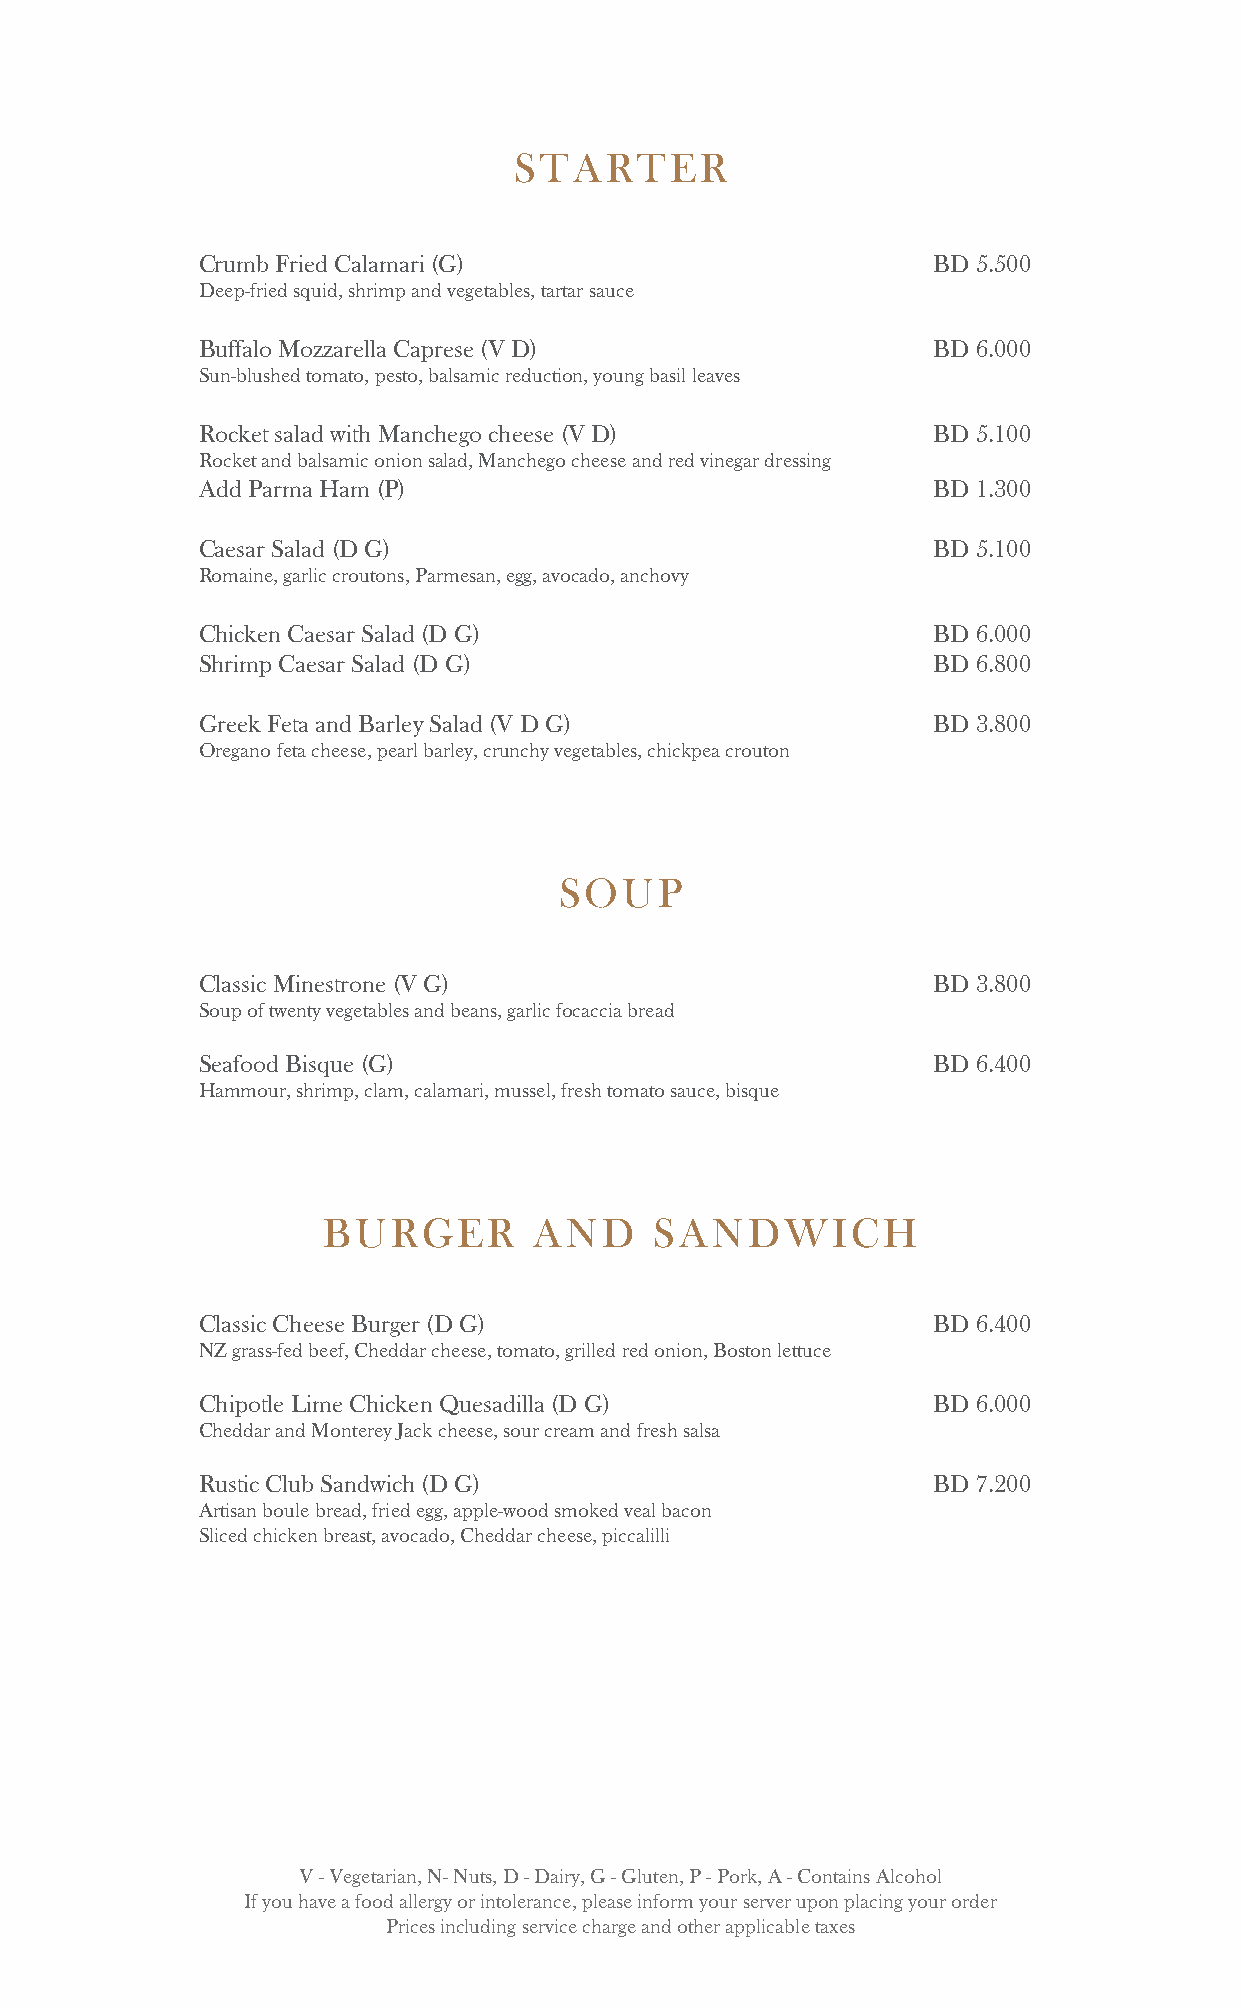
STARTER
 Crumb Fried Calamari (G)                         BD 5.500
 Deep-fried squid, shrimp and vegetables, tartar sauce
 Buffalo Mozzarella Caprese (V D)                 BD 6.000
 Sun-blushed tomato, pesto, balsamic reduction, young basil leaves
 Rocket salad with Manchego cheese (V D)          BD 5.100
 Rocket and balsamic onion salad, Manchego cheese and red vinegar dressing
 Add Parma Ham (P)                                BD 1.300
 Caesar Salad (D G)                               BD 5.100
 Romaine, garlic croutons, Parmesan, egg, avocado, anchovy
 Chicken Caesar Salad (D G)                       BD 6.000
 Shrimp Caesar Salad (D G)                        BD 6.800
 Greek Feta and Barley Salad (V D G)              BD 3.800
 Oregano feta cheese, pearl barley, crunchy vegetables, chickpea crouton
 SOUP
 Classic Minestrone (V G)                         BD 3.800
 Soup of twenty vegetables and beans, garlic focaccia bread
 Seafood Bisque (G)                               BD 6.400
 Hammour, shrimp, clam, calamari, mussel, fresh tomato sauce, bisque
 BURGER        AND     SANDWICH
 Classic Cheese Burger (D G)                      BD 6.400
 NZ grass-fed beef, Cheddar cheese, tomato, grilled red onion, Boston lettuce
 Chipotle Lime Chicken Quesadilla (D G)           BD 6.000
 Cheddar and Monterey Jack cheese, sour cream and fresh salsa
 Rustic Club Sandwich (D G)                       BD 7.200
 Artisan boule bread, fried egg, apple-wood smoked veal bacon
 Sliced chicken breast, avocado, Cheddar cheese, piccalilli
 V - Vegetarian, N- Nuts, D - Dairy, G - Gluten, P - Pork, A - Contains Alcohol
 If you have a food allergy or intolerance, please inform your server upon placing your order
 Prices including service charge and other applicable taxes